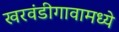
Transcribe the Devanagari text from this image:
खरवंडीगावामध्ये